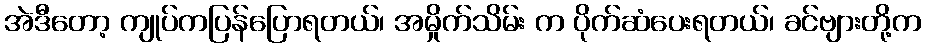
အဲဒီတော့ ကျုပ်ကပြန်ပြောရတယ်၊ အမှိုက်သိမ်း က ပိုက်ဆံပေးရတယ်၊ ခင်ဗျားတို့က